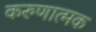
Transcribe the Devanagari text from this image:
करुणात्मक